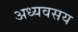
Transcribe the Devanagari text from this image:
अध्यवसय